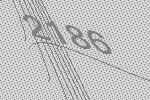
2186